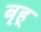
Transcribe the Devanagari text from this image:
बृह्